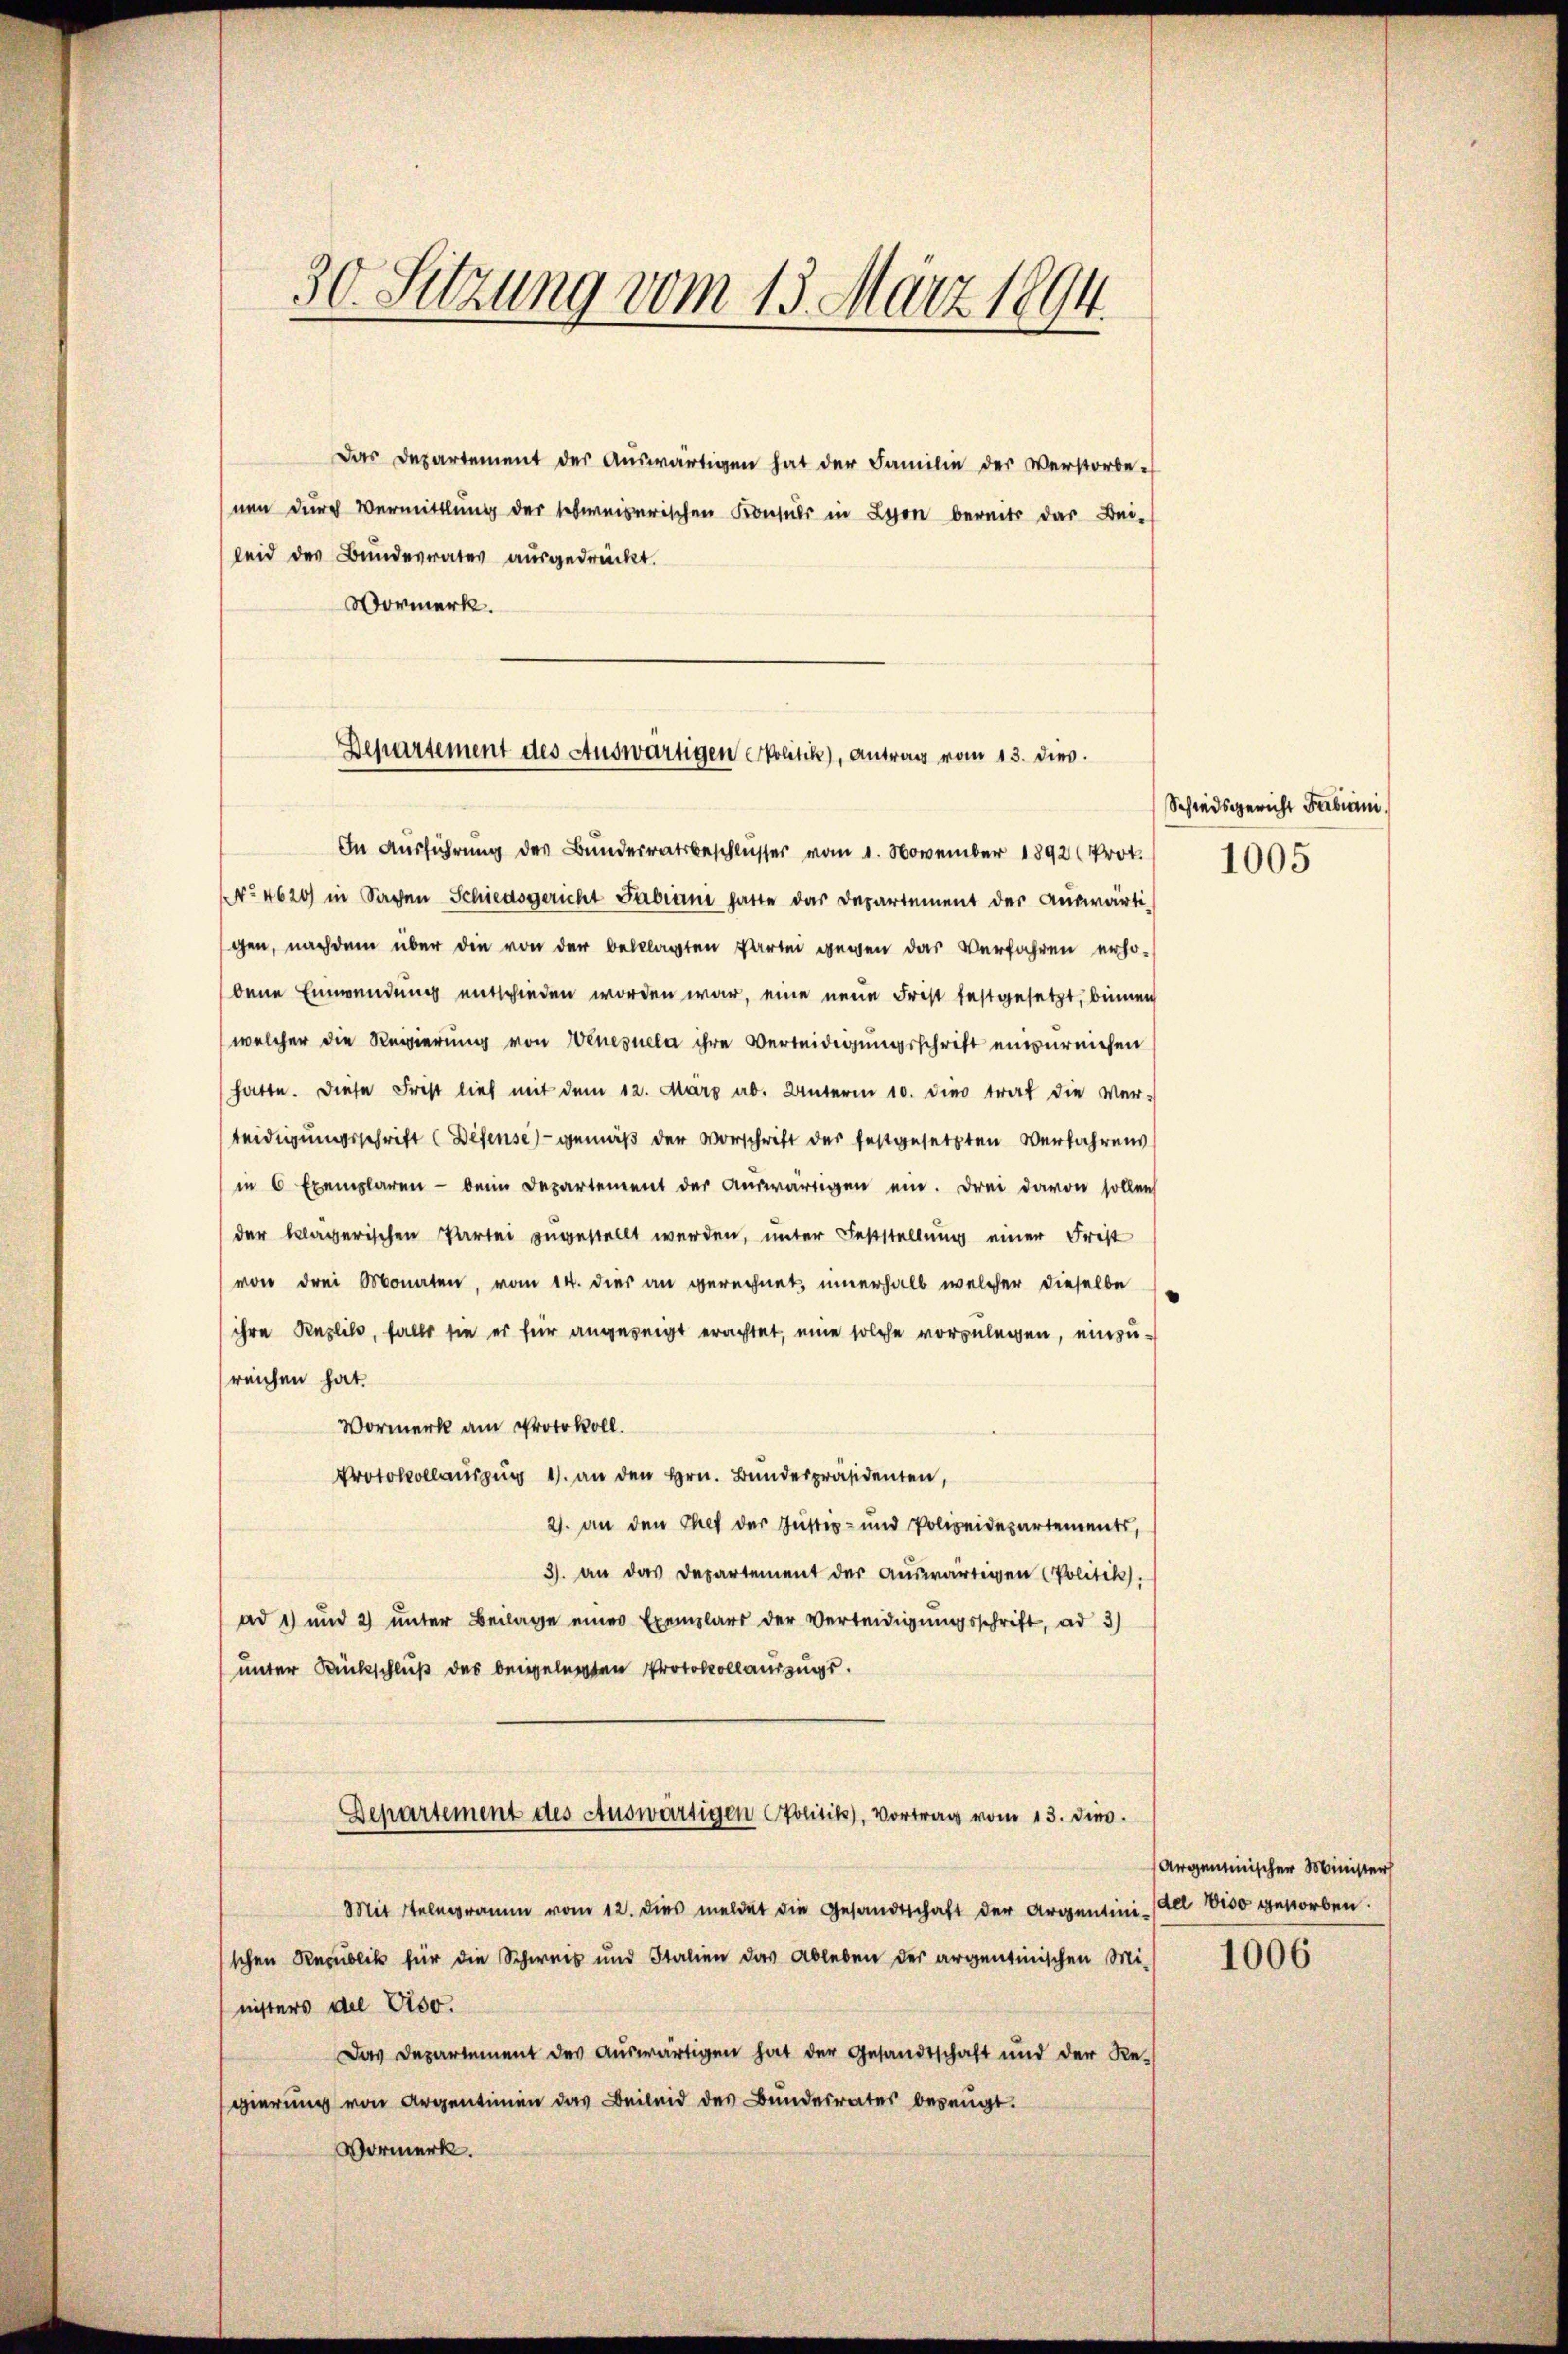
30. Setzung vom 13. März 1894.

Das Departement der Auswärtigen hat der Familie der Verstorbe-
nen durch Vermittlung der schweiserischen Konsuls in Lyon bereits das Bei-
leid des Bundesrates ausgedrückt.
Vormerk.

Departement des Auswärtigen Politik), Antrag vom 13. dies

gen, nachdem über die von der beklagten Partei gegen das Verfahren erhobene Einwendung entschieden worden war, eine neue Frest festgesetzt, binnen
welcher die Regierung von Wenesuela ihre Verleidigungsschrift einzureichen
hatte. Diese Frist lieb mit dem 12. März ab. Unterm 10. dies trat die Ver-
teidigungsschrift (Defense - gemäß der Vorschrift der festgesetzten Verfahrens
in 6 Exemplaren - beim Departement der aŭswärtigen ein. Drei davon sollen
der klägerischen Partei zugestellt werden, unter Feststellung einer Frist
von drei Monaten, vom 14. dies an gerechnet innerhalb welcher dieselbe
ihre Kenzlils, falls sie er für angezeigt erachtet, eine solche vorzulegen, einzureichen hat.
Vormerk am Protokoll.
Protokollauszug 1. an den Hrn. Bundespräsidenten,
2. an den Chef der Justiz- und Polizeidepartements,
3). An das Departement der aŭswärtigen Politik.
ad 1) und 2) unter Beilage eines Exemplars der Verteidigungsschrift, ad 3)
unter Rückschluß des beigelegten Protokoll auszugs¬
Departement des Auswärtigen Politik, Vortrag vom 13. dies
Mit Telegramm vom 12. dies meldet die Gesandtschaft der Argentini (Ael 1100 gestorben.
schen Pensublik für die Schweis und Italien das Ableben der argentinischen Mi-
nisters del Ciso.
Das Departement des aŭswärtigen hat der Gesandtschaft und der Re-
gierung von Argentinen das Beileid des Bundesrates bezeugt.
Vormerk.

In Aŭsführŭng der Bŭndesratsbeschlŭsses vom 1. November 1892 Prok. 1005
No 4620) in Sachen Schiedsgericht Fabiani hatte das Departement der aŭswärti-

Schiedsgericht Fabiani

Argentinischer Ministers

1006